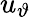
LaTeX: u_{\vartheta}